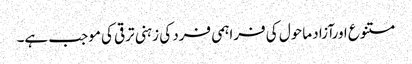
متنوع اورآزاد ماحول کی فراہمی فرد کی زہنی ترقی کی موجب ہے۔